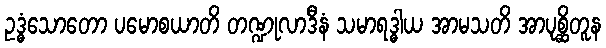
ဥဒ္ဓံသောတော ပမောစယာတိ တဏ္ဍုလာဒီနံ သမာရဒ္ဓါယ အာမသတိ အာပုစ္ဆိတူန